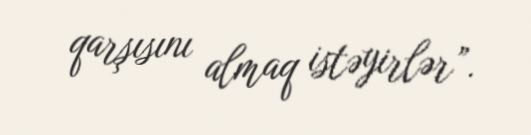
qarşısını almaq istəyirlər”.